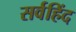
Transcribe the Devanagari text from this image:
सर्वहिंद